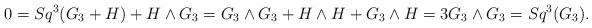
LaTeX: \begin{align*}0=Sq^3 (G_3+H)+H\wedge G_3=G_3\wedge G_3+H\wedge H+G_3\wedge H=3G_3\wedge G_3=Sq^3(G_3).\end{align*}